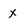
Character: X